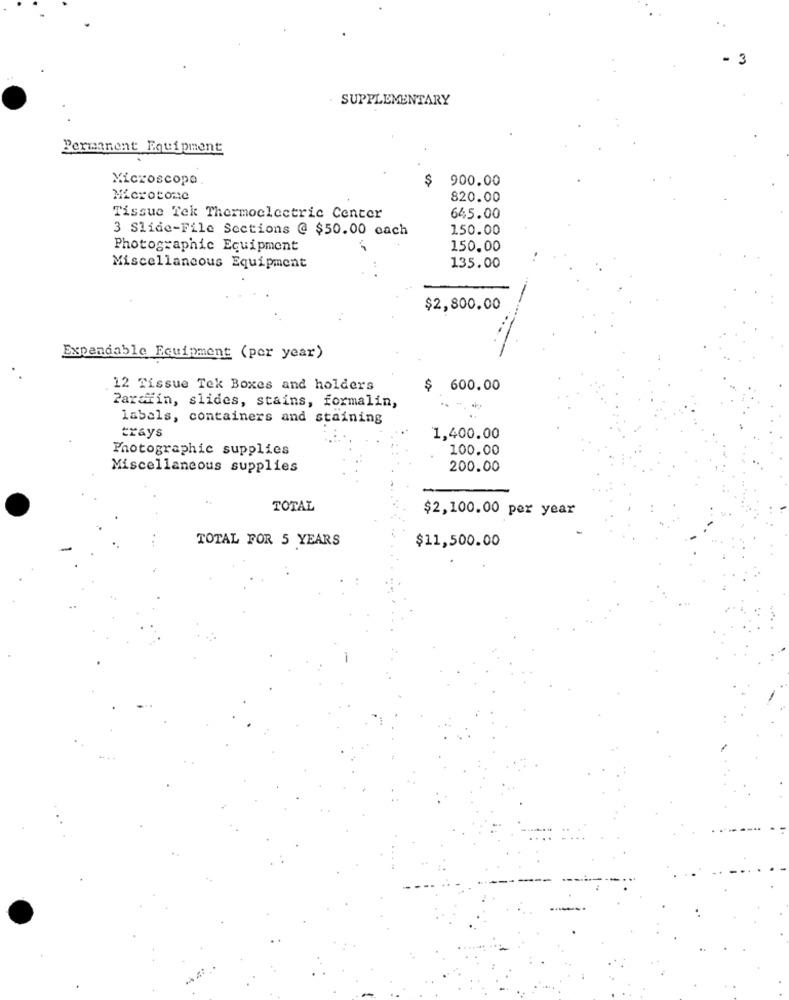
- 3
SUPPLEMENTARY
Permanent Equipment
Microscope
$
900.00
Microtone
820.00
Tissue Tek Thermoelectric Center
645.00
3 Slide-File Sections @ $50.00 each
150.00
Photographic Equipment
150.00
Miscellaneous Equipment
135.00
$2,800.00
Expendable Equipment (per year)
.12 Tissue Tek Boxes and holders
$
600.00
Parafin, slides, stains, formalin,
labels, containers and staining
trays
1,400.00
Photographic supplies
100.00
Miscellaneous supplies
200.00
TOTAL
$2,100.00 per year
TOTAL FOR 5 YEARS
$11,500.00